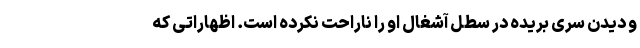
و دیدن سری بریده در سطل آشغال او را ناراحت نکرده است. اظهاراتی که